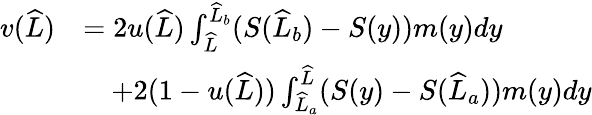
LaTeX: \begin{array}{rl}{v(\widehat{L})}&{=2u(\widehat{L})\int_{\widehat{L}}^{\widehat{L}_{b}}(S(\widehat{L}_{b})-S(y))m(y)dy}\\ &{\quad+2(1-u(\widehat{L}))\int_{\widehat{L}_{a}}^{\widehat{L}}(S(y)-S(\widehat{L}_{a}))m(y)dy}\end{array}